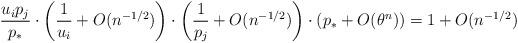
LaTeX: \begin{align*}\frac{u_i p_j}{p_\ast} \cdot \left(\frac{1}{u_i} +O(n^{-1/2}) \right) \cdot \left(\frac{1}{p_j} +O(n^{-1/2})\right) \cdot \left( p_\ast +O(\theta^n)\right) = 1 +O(n^{-1/2})\end{align*}